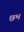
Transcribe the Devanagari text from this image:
छभ